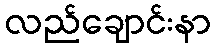
လည်ချောင်းနာ